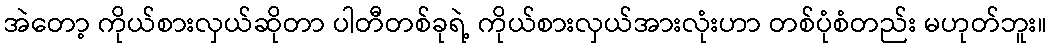
အဲတော့ ကိုယ်စားလှယ်ဆိုတာ ပါတီတစ်ခုရဲ့ ကိုယ်စားလှယ်အားလုံးဟာ တစ်ပုံစံတည်း မဟုတ်ဘူး။